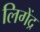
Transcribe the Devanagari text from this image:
लिगेंद्र